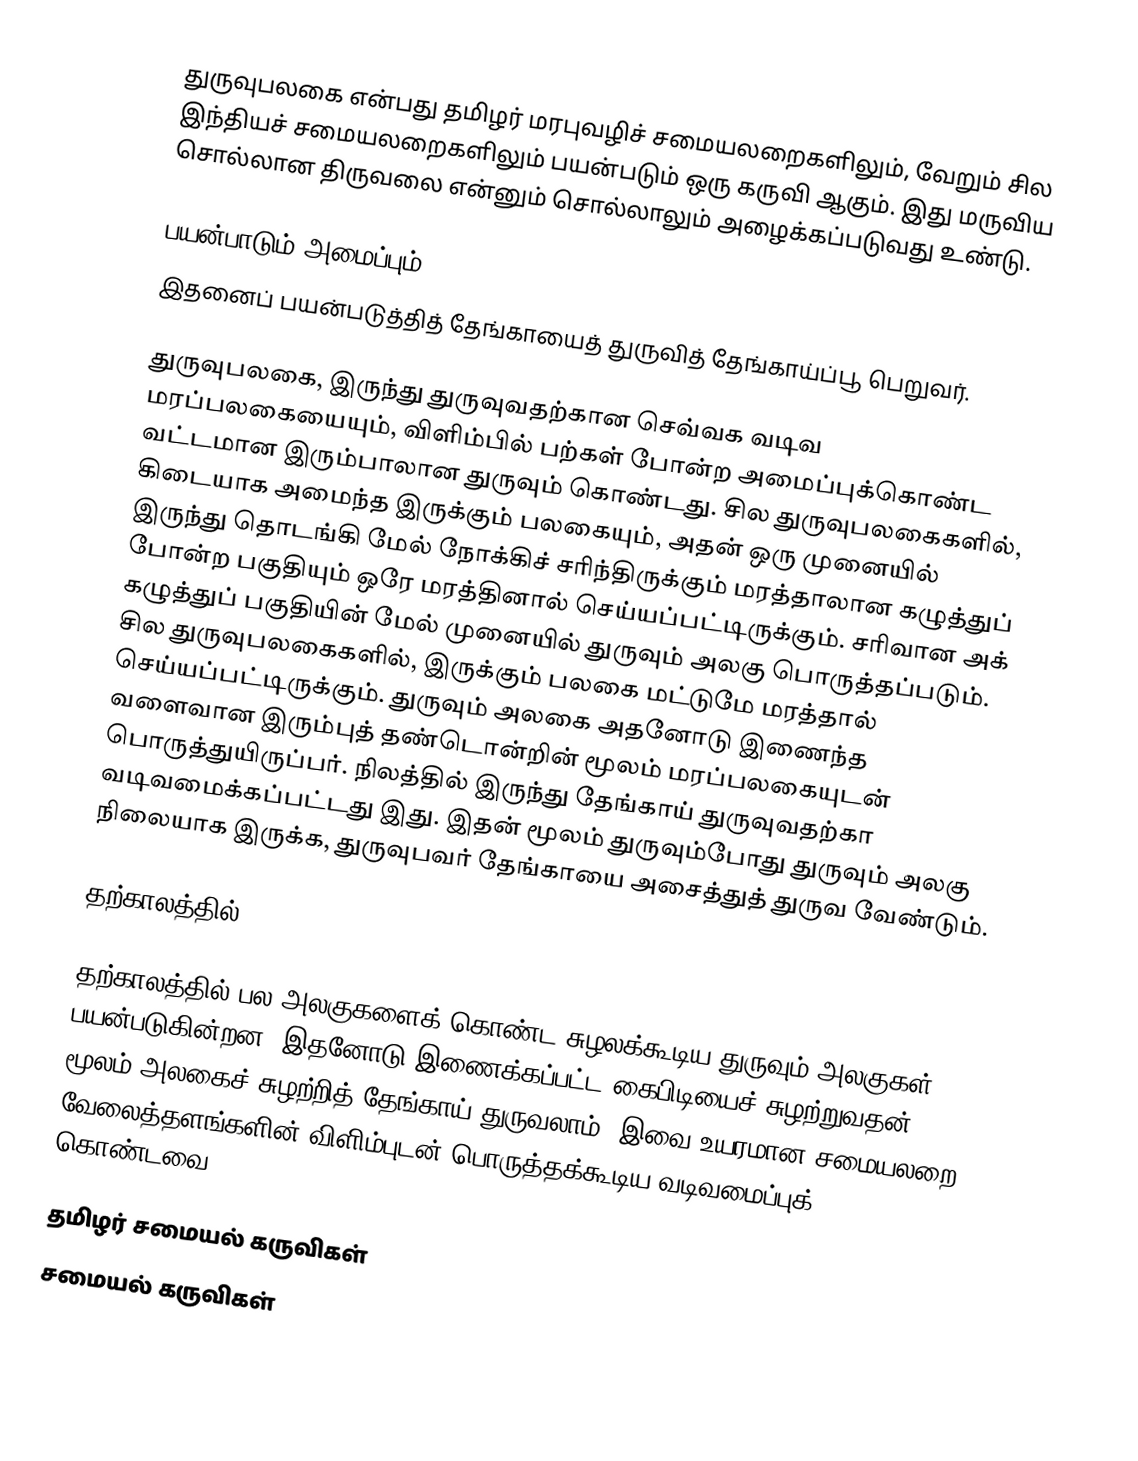
துருவுபலகை என்பது தமிழர் மரபுவழிச் சமையலறைகளிலும், வேறும் சில இந்தியச் சமையலறைகளிலும் பயன்படும் ஒரு கருவி ஆகும். இது மருவிய சொல்லான திருவலை என்னும் சொல்லாலும் அழைக்கப்படுவது உண்டு.

பயன்பாடும் அமைப்பும்
இதனைப் பயன்படுத்தித் தேங்காயைத் துருவித் தேங்காய்ப்பூ பெறுவர்.

துருவுபலகை, இருந்து துருவுவதற்கான செவ்வக வடிவ மரப்பலகையையும், விளிம்பில் பற்கள் போன்ற அமைப்புக்கொண்ட வட்டமான இரும்பாலான துருவும் கொண்டது. சில துருவுபலகைகளில், கிடையாக அமைந்த இருக்கும் பலகையும், அதன் ஒரு முனையில் இருந்து தொடங்கி மேல் நோக்கிச் சரிந்திருக்கும் மரத்தாலான கழுத்துப் போன்ற பகுதியும்  ஒரே மரத்தினால் செய்யப்பட்டிருக்கும். சரிவான அக் கழுத்துப் பகுதியின் மேல் முனையில் துருவும் அலகு பொருத்தப்படும். சில துருவுபலகைகளில், இருக்கும் பலகை மட்டுமே மரத்தால் செய்யப்பட்டிருக்கும். துருவும் அலகை அதனோடு இணைந்த வளைவான இரும்புத் தண்டொன்றின் மூலம் மரப்பலகையுடன் பொருத்துயிருப்பர். நிலத்தில் இருந்து தேங்காய் துருவுவதற்கா வடிவமைக்கப்பட்டது இது. இதன் மூலம் துருவும்போது துருவும் அலகு நிலையாக இருக்க, துருவுபவர் தேங்காயை அசைத்துத் துருவ வேண்டும்.

தற்காலத்தில்

தற்காலத்தில் பல அலகுகளைக் கொண்ட சுழலக்கூடிய துருவும் அலகுகள் பயன்படுகின்றன. இதனோடு இணைக்கப்பட்ட கைபிடியைச் சுழற்றுவதன் மூலம் அலகைச் சுழற்றித் தேங்காய் துருவலாம். இவை உயரமான சமையலறை வேலைத்தளங்களின் விளிம்புடன் பொருத்தக்கூடிய வடிவமைப்புக் கொண்டவை.

தமிழர் சமையல் கருவிகள்
சமையல் கருவிகள்